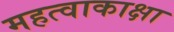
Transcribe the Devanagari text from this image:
महत्वाकाक्षा